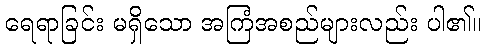
ရေရာခြင်း မရှိသော အကြံအစည်များလည်း ပါ၏။